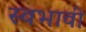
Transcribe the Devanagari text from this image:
स्वभावी